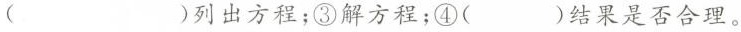
( )列出方程；③解方程；④( )结果是否合理。